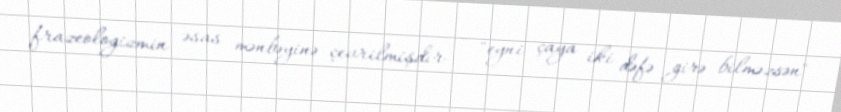
frazeologizmin əsas mənbəyinə çevrilmişdir - "eyni çaya iki dəfə girə bilməzsən"